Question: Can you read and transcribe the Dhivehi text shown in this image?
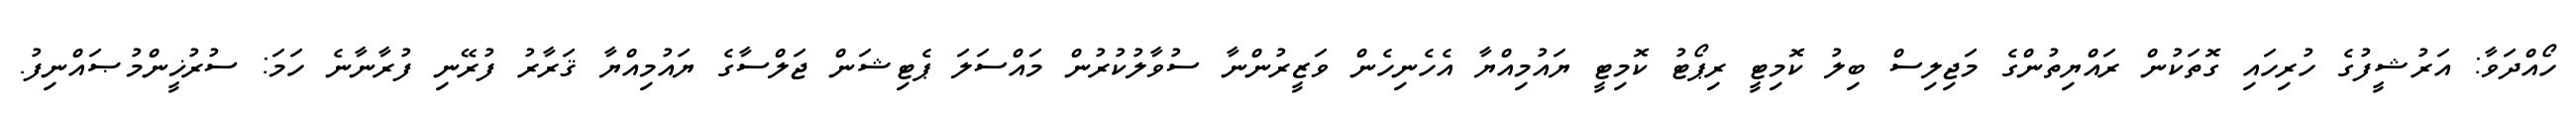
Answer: ހޯއްދަވާ: އަރުޝީފުގެ ހުރިހައި ގޮތަކުން ރައްޔިތުންގެ މަޖިލިސް ބިލު ކޮމިޓީ ރިޕޯޓު ކޮމިޓީ ޔައުމިއްޔާ އެހެނިހެން ވަޒީރުންނާ ސުވާލުކުރުން މައްސަލަ ޕެޓިޝަން ޖަލްސާގެ ޔައުމިއްޔާ ޤަރާރު ފުރޭނި ފުރާނާނެ ހަމަ: ސުރުޚީންމުޞައްނިފު.